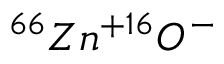
^ { 6 6 } Z n ^ { + 1 6 } O ^ { - }